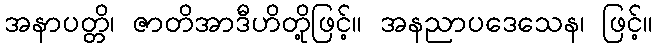
အနာပတ္တိ၊ ဇာတိအာဒီဟိတို့ဖြင့်။ အနညာပဒေသေန၊ ဖြင့်။